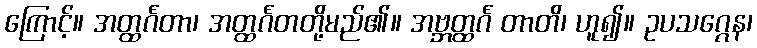
ကြောင့်။ အတ္ထင်္ဂတာ၊ အတ္ထင်္ဂတတို့မည်၏။ အဗ္ဘတ္ထင်္ဂ တာတိ၊ ဟူ၍။ ဥပသဂ္ဂေန၊